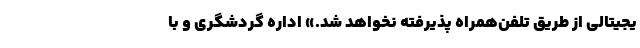
یجیتالی از طریق تلفن‌همراه پذیرفته نخواهد شد.» اداره گردشگری و با